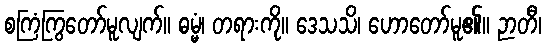
စကြံကြွတော်မူလျက်။ ဓမ္မံ၊ တရားကို။ ဒေသသိ၊ ဟောတော်မူ၏။ ဉာတီ၊